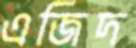
এজিদ